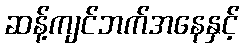
ဆန့်ကျင်ဘက်အနေနှင့်